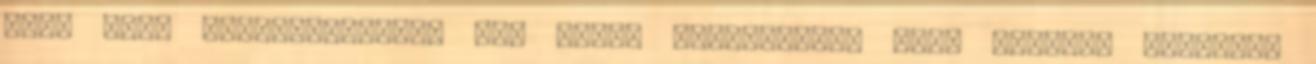
azon futó műsorszámokat. Így pedig eldöntheti, hogy valóban szüksége